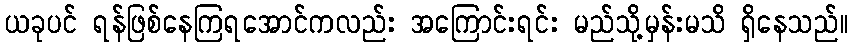
ယခုပင် ရန်ဖြစ်နေကြရအောင်ကလည်း အကြောင်းရင်း မည်သို့မှန်းမသိ ရှိနေသည်။